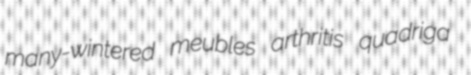
many-wintered meubles arthritis quadriga